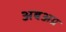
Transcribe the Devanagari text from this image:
अबअग्र